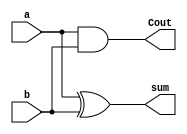
`timescale 1ns / 1ps
//////////////////////////////////////////////////////////////////////////////////
// Company: 
// Engineer: 
// 
// Design Name: 
// Module Name:    half_adder 
// Project Name: 
// Target Devices: 
// Tool versions: 
// Description: 
//
// Dependencies: 
//
// Revision: 
// Revision 0.01 - File Created
// Additional Comments: 
//
//////////////////////////////////////////////////////////////////////////////////
module HA(
    input a,
    input b,
    output sum,
    output Cout
    );

assign sum = a ^ b;
assign Cout = a & b;

endmodule